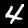
Label: 4